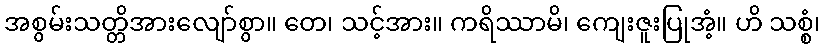
အစွမ်းသတ္တိအားလျော်စွာ။ တေ၊ သင့်အား။ ကရိဿာမိ၊ ကျေးဇူးပြုအံ့။ ဟိ သစ္စံ၊